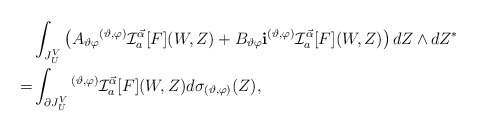
\begin{align*} & \int_{J_U^V} \left(A_{\vartheta \varphi } {}^{(\vartheta,\varphi)} \mathcal I_{a}^{\vec{\alpha}} [F](W,Z) + B_{\vartheta \varphi } {\bf i} {}^{(\vartheta,\varphi)} \mathcal I_{a}^{\vec{\alpha}} [F](W,Z) \right) dZ \wedge dZ^{*} \\ = &\int_{\partial J_U^V}{}^{(\vartheta,\varphi)} \mathcal I_{a}^{\vec{\alpha}} [F](W,Z) d\sigma_{(\vartheta ,\varphi )}(Z) ,\end{align*}